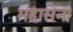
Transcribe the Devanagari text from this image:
महासेना